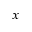
_ { x }